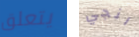
يتعلق انجي